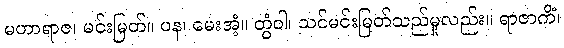
မဟာရာဇ၊ မင်းမြတ်။ ပန၊ မေးအံ့။ တွံဝါ၊ သင်မင်းမြတ်သည်မူလည်း။ ရာဇာကိံ၊